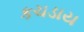
કચડાય